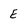
Character: E